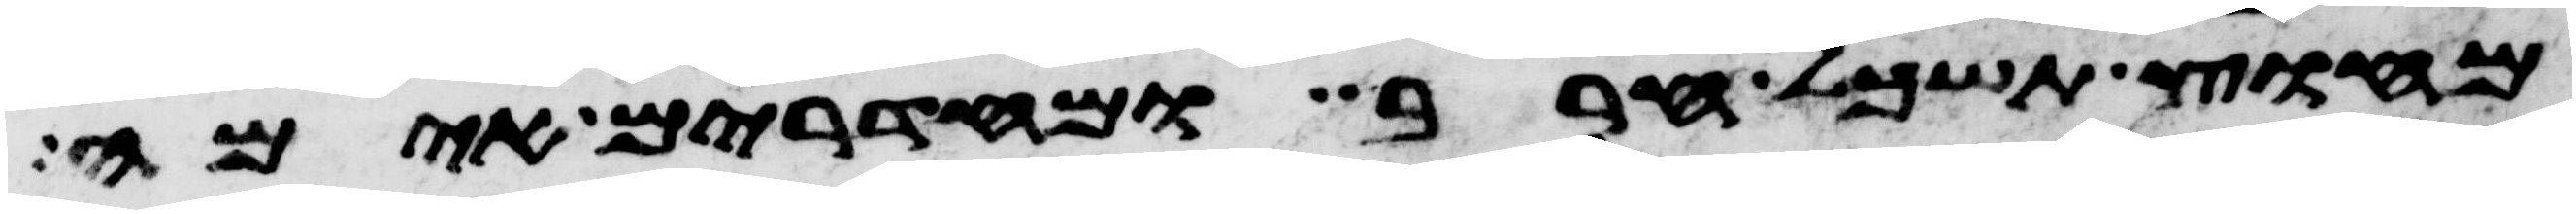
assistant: מחוץ תשכל חרב ומחדרים אימה